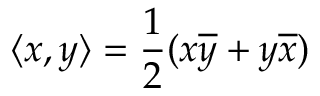
\langle x , y \rangle = \frac { 1 } { 2 } ( x \overline { { y } } + y \overline { { x } } )